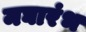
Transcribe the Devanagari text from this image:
मघारंभ